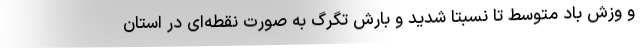
و وزش باد متوسط تا نسبتا شدید و بارش تگرگ به صورت نقطه‌ای در استان